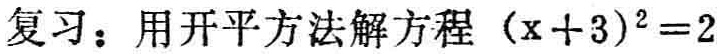
复习：用开平方法解方程 \((x + 3)^2 = 2\)